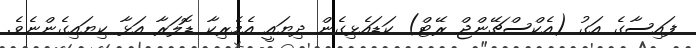
ފައިސާގެ އަގު (އެކްސްޗޭންޖް ރޭޓް) ކަޑައެޅިގެން ދިޔައީ އެމެރިކާ ޑޮލަރާ އަޅާ ކިޔައިގެންނެވެ.